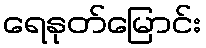
ရေနုတ်မြောင်း